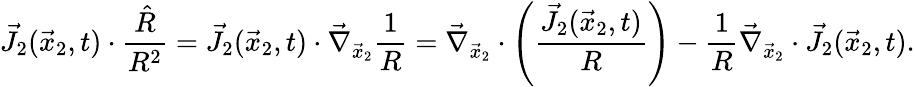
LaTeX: \vec{J}_{2}(\vec{x}_{2},t)\cdot\frac{\hat{R}}{R^{2}}=\vec{J}_{2}(\vec{x}_{2},t)\cdot\vec{\nabla}_{\vec{x}_{2}}\frac{1}{R}=\vec{\nabla}_{\vec{x}_{2}}\cdot\left(\frac{\vec{J}_{2}(\vec{x}_{2},t)}{R}\right)-\frac{1}{R}\vec{\nabla}_{\vec{x}_{2}}\cdot\vec{J}_{2}(\vec{x}_{2},t).